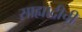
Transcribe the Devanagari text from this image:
साह्याद्रीची